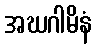
အဃဂါမိနံ